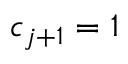
c _ { j + 1 } = 1